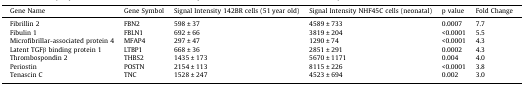
| Gene Name | Gene Symbol | Signal Intensity 142BR cells (51 year old) | Signal Intensity NHF45C cells (neonatal) | p value | Fold Change |
 | --- | --- | --- | --- | --- | --- |
 | Fibrillin 2 | FBN2 | 598 ± 37 | 4589 ± 733 | 0.0007 | 7.7 |
 | Fibulin 1 | FBLN1 | 692 ± 66 | 3819 ± 204 | <0.0001 | 5.5 |
 | Microfibrillar-associated protein 4 | MFAP4 | 297 ± 47 | 1290 ± 74 | <0.0001 | 4.3 |
 | Latent TGFβ binding protein 1 | LTBP1 | 668 ± 36 | 2851 ± 291 | 0.0002 | 4.3 |
 | Thrombospondin 2 | THBS2 | 1435 ± 173 | 5670 ± 1171 | 0.004 | 4.0 |
 | Periostin | POSTN | 2154 ± 113 | 8115 ± 226 | <0.0001 | 3.8 |
 | Tenascin C | TNC | 1528 ± 247 | 4523 ± 694 | 0.002 | 3.0 |